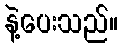
နဲ့ပေးသည်။